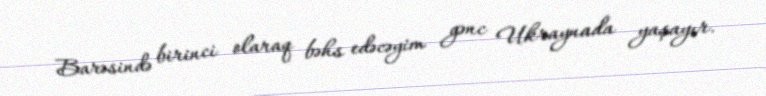
Barəsində birinci olaraq bəhs edəcəyim gənc Ukraynada yaşayır.